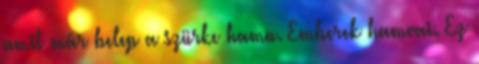
amit már belep a szürke hamu. Emberek hamvai. Ez